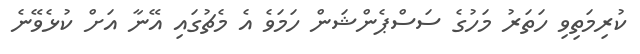
ކުރިމަތިވި ހަތަރު މަހުގެ ސަސްޕެންޝަން ހަމަވެ އެ މެޗުގައި އޭނާ އަށް ކުޅެވޭނެ